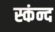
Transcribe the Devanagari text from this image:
स्कंन्द